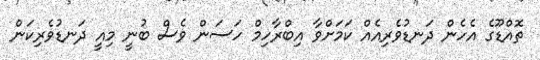
ތޮއްޑޫގެ އެހެން ދަނޑުވެރިއެއް ކަމަށްވާ އިބްރާހިމް ހަސަން ވެސް ބުނީ މިއީ ދަނޑުވެރިކަން